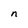
Character: n